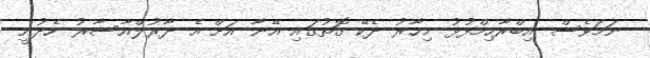
ނަމަވެސް އިބްރާހިމްފުޅު މިހާރު ދެކޭ ގޮތުގައި އޭނާ އަށް އެ ދާރުލްއާސާރު ހެދުނީ